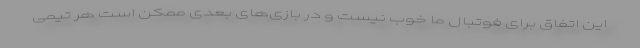
این اتفاق برای فوتبال ما خوب نیست و در بازی‌های بعدی ممکن است هر تیمی